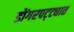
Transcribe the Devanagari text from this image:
डोंगरपट्ट्यात